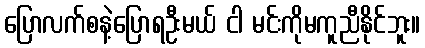
ပြောလက်စနဲ့ပြောရဦးမယ် ငါ မင်းကိုမကူညီနိုင်ဘူး။